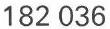
182 036